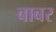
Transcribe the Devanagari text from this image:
बाबर